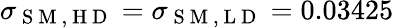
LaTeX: \sigma_{\mathrm{~S~M~,~H~D~}}=\sigma_{\mathrm{~S~M~,~L~D~}}=0.03425